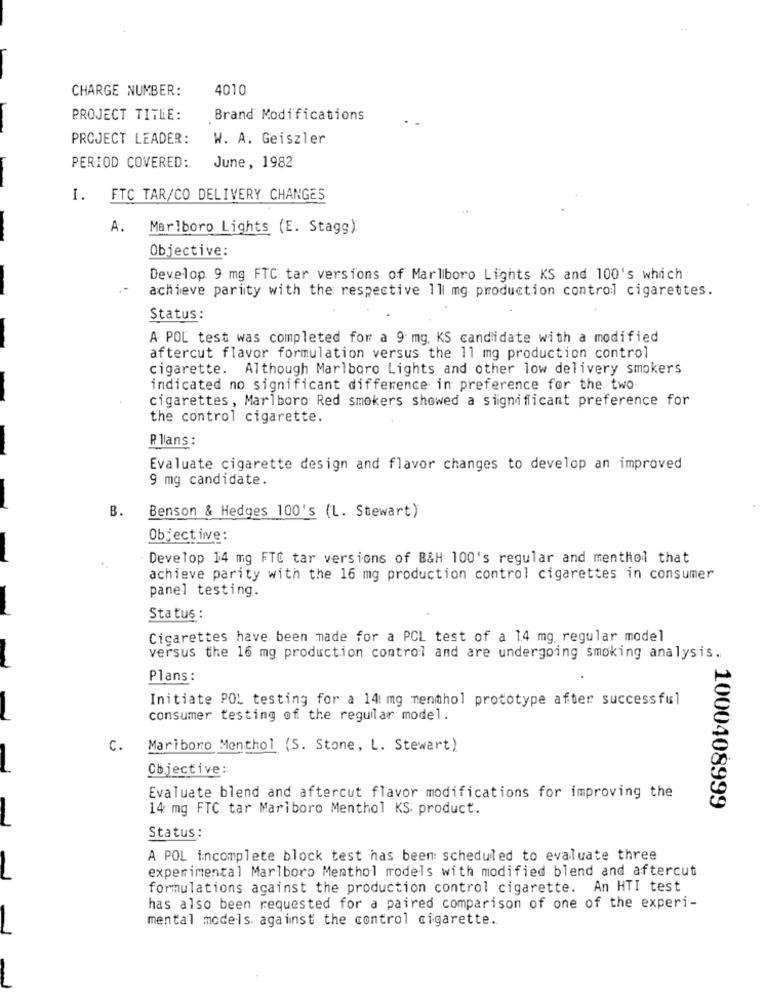
CHARGE NUMBER:
4010
PROJECT TITLE:
Brand Modifications
PROJECT LEADER:
W. A. Geiszler
June, 1982
PERIOD COVERED:
I.
FTC TAR/CO DELIVERY CHANGES
A. Marlboro Lights (E. Stagg)
Objective:
Develop 9 mg FTC tar versions of Marlboro Lights KS and 100's which
achieve parity with the respective 11 mg production control cigarettes.
Status :
A POL test was completed for a 9 mg. KS candidate with a modified
aftercut flavor formulation versus the 11 mg production control
cigarette. Although Marlboro Lights and other low delivery smokers
indicated no significant difference in preference for the two
cigarettes, Marlboro Red smokers showed a significant preference for
the control cigarette.
R llans :
Evaluate cigarette design and flavor changes to develop an improved
9 mg candidate.
B.
Benson & Hedges 100's (L. Stewart)
Objective:
Develop 14 mg FTC tar versions of B&H 100's regular and menthol that
achieve parity with the 16 mg production control cigarettes in consumer
panel testing.
Status :
Cigarettes have been made for a PCL test of a 1.4 mg regular model
versus the 16 mg production control and are undergoing smoking analysis.
Plans:
Initiate POL testing for a 14 mg menthol prototype after successful
consumer testing of the regular model.
C.
Mariboro Menthol (S. Stone, L. Stewart)
Cbjective:
Evaluate blend and aftercut flavor modifications for improving the
1000408999
14 mg FTC tar Marlboro Menthol KS: product.
Status :
A POL incomplete block test has been: scheduled to evaluate three
experimental Marlboro Menthol models with modified blend and aftercut
formulations against the production control cigarette. An HTI test
has also been requested for a paired comparison of one of the experi-
mental models against the control cigarette.